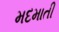
મદમાતી